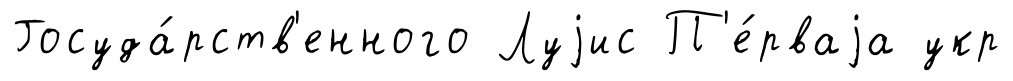
Госуда́рств'енного Луjис П'е́рваjа укр